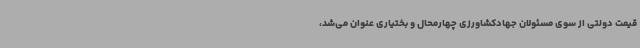
قیمت دولتی از سوی مسئولان جهادکشاورزی چهارمحال و بختیاری عنوان می‌شد،